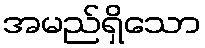
အမည်ရှိသော